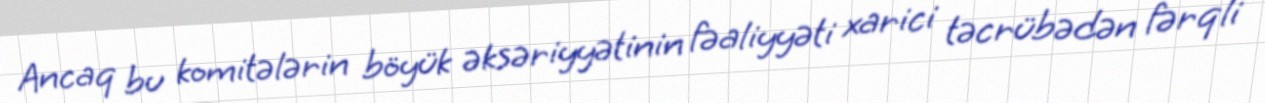
Ancaq bu komitələrin böyük əksəriyyətinin fəaliyyəti xarici təcrübədən fərqli